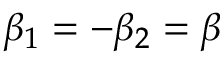
\beta _ { 1 } = - \beta _ { 2 } = \beta